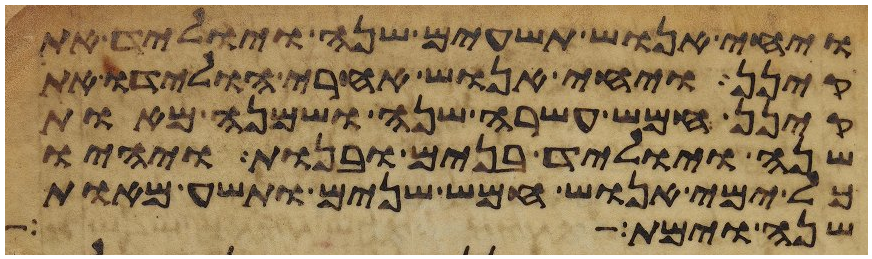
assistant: ויחי אנוש תשעים שנה ויוליד את
קינן ויחי אנוש אחרי הולידו את
קינן חמש עשרה שנה ושמנה מאות
שנה ויוליד בנים ובנות ויהיו
כל ימי אנוש חמש שנים ותשע מאות
שנה וימת